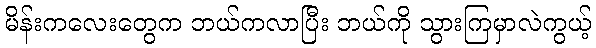
မိန်းကလေးတွေက ဘယ်ကလာပြီး ဘယ်ကို သွားကြမှာလဲကွယ့်